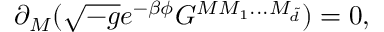
\partial _ { M } ( \sqrt { - g } e ^ { - \beta \phi } G ^ { M M _ { 1 } . . . M _ { { \tilde { d } } } } ) = 0 ,